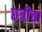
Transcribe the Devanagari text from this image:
छत्रीचा